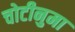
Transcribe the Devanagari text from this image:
चोटीनुमा